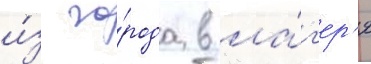
и́з го́рода в ла́г'ер'я